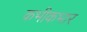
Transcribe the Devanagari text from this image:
कभीकभार